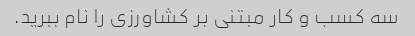
سه کسب و کار مبتنی بر کشاورزی را نام ببرید.